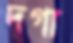
দগা